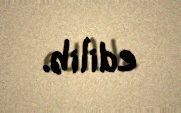
edilib.